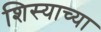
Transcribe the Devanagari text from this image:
शिस्याच्या